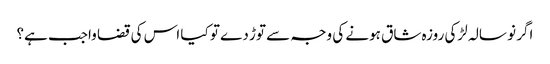
اگر نو سالہ لڑکی روزہ شاق ہونے کی وجہ سے توڑ دے تو کیا اس کی قضا واجب ہے؟